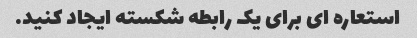
استعاره ای برای یک رابطه شکسته ایجاد کنید.